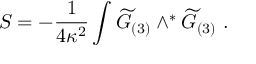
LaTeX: S = - { \frac { 1 } { 4 \kappa ^ { 2 } } } \int { \widetilde G } _ { ( 3 ) } \wedge ^ { * } { \widetilde G } _ { ( 3 ) } \ .